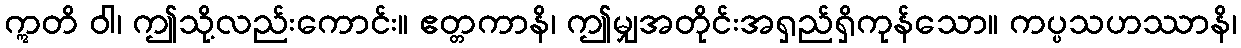
ဣတိ ဝါ၊ ဤသို့လည်းကောင်း။ ဧတ္တကာနိ၊ ဤမျှအတိုင်းအရှည်ရှိကုန်သော။ ကပ္ပသဟဿာနိ၊